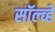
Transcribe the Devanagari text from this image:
सॉल्व्हे